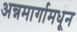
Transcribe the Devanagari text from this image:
अन्नमार्गामधून